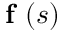
\textbf { f } ( s )